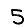
Digit: 5